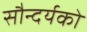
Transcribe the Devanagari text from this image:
सौन्दर्यको